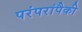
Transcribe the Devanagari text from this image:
परंपरांपैकी